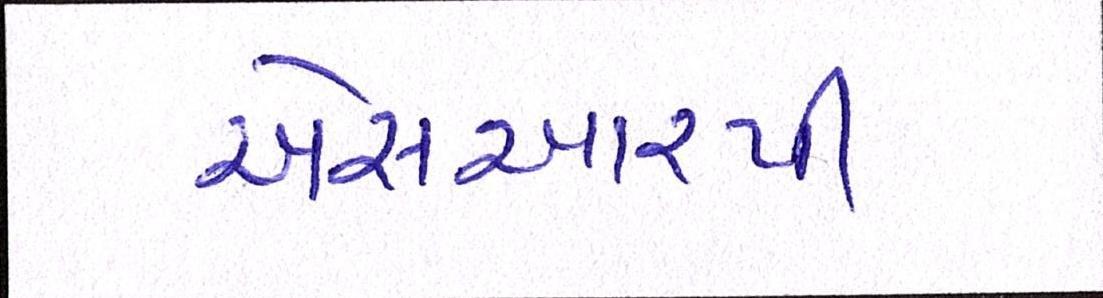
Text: એસઆરપી